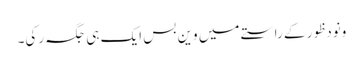
ونودظور کے راستے میں وین بس ایک ہی جگہ رکی۔